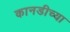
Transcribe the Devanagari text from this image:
कानडीच्या